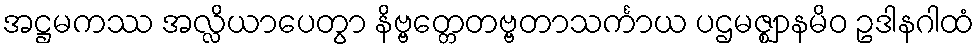
အဋ္ဌမကဿ အလ္လိယာပေတွာ နိဗ္ဗတ္တေတဗ္ဗတာသင်္ကာယ ပဌမဇ္ဈာနမိဝ ဥဒါနဂါထံ